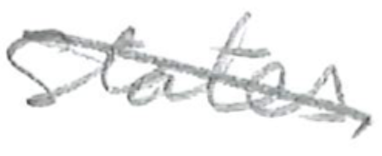
Text: States
Cross-out: mix
Writing tool: pencil